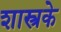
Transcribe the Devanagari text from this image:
शास्त्रके